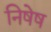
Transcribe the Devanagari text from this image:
निषेष